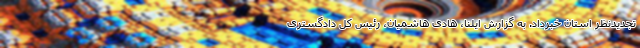
تجدیدنظر استان خبرداد. به گزارش ایلنا، هادی هاشمیان، رئیس کل دادگستری